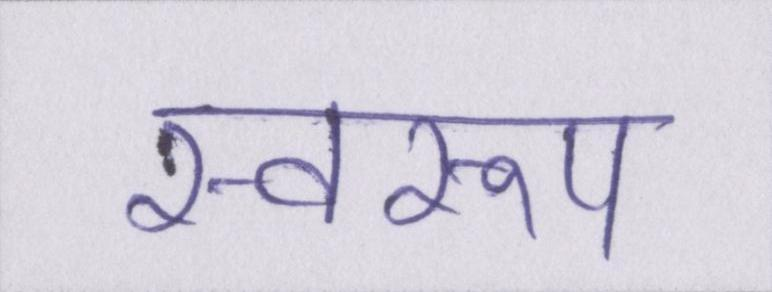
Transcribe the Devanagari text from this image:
स्वरूप